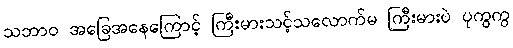
သဘာဝ အခြေအနေကြောင့် ကြီးမားသင့်သလောက်မ ကြီးမားပဲ ပုကွကွ